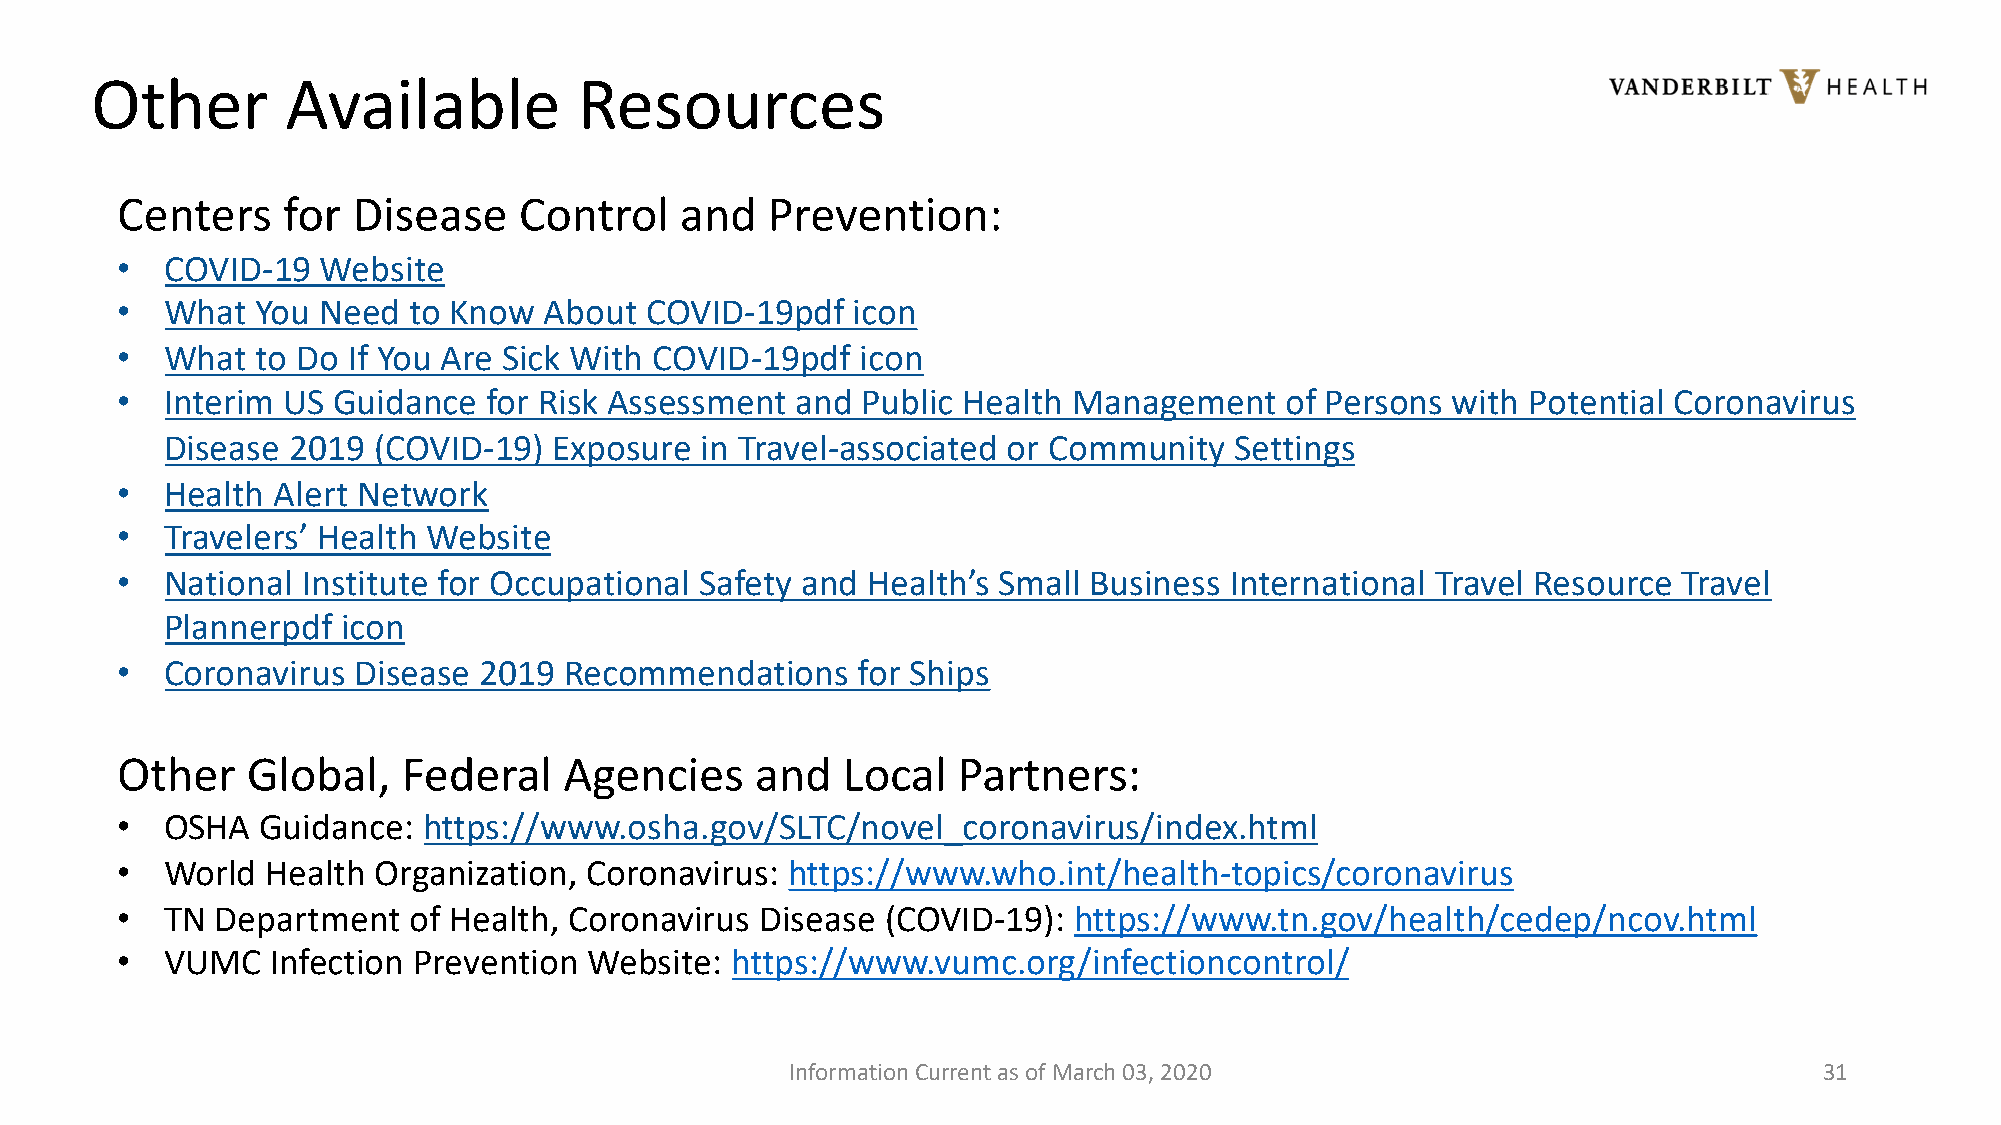
Other        Available          Resources
 Centers    for Disease    Control    and   Prevention:
 •  COVID-19  Website
 •  What  You Need  to Know  About  COVID-19pdf  icon
 •  What  to Do If You Are Sick With COVID-19pdf  icon
 •  Interim US Guidance  for Risk Assessment  and Public Health Management    of Persons with Potential Coronavirus
 Disease 2019  (COVID-19)  Exposure in Travel-associated or Community   Settings
 •  Health Alert Network
 •  Travelers’ Health Website
 •  National Institute for Occupational Safety and Health’s Small Business International Travel Resource Travel
 Plannerpdf  icon
 •  Coronavirus Disease  2019 Recommendations     for Ships
 Other   Global,    Federal   Agencies     and   Local  Partners:
 •  OSHA  Guidance:  https://www.osha.gov/SLTC/novel_coronavirus/index.html
 •  World  Health Organization, Coronavirus: https://www.who.int/health-topics/coronavirus
 •  TN Department   of Health, Coronavirus Disease  (COVID-19): https://www.tn.gov/health/cedep/ncov.html
 •  VUMC   Infection Prevention Website: https://www.vumc.org/infectioncontrol/
 Information Current as of March 03, 2020                             31